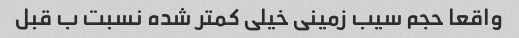
واقعا حجم سیب زمینی خیلی کمتر شده نسبت ب قبل